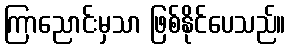
ကြာညောင်းမှသာ ဖြစ်နိုင်ပေသည်။